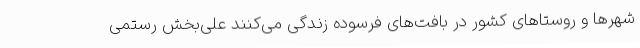
شهرها و روستاهای کشور در بافت‌های فرسوده زندگی می‌کنند علی‌بخش رستمی